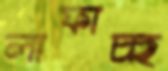
লাফাচ্ছ